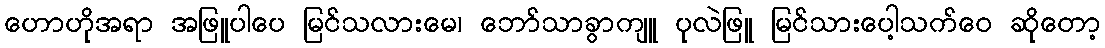
ဟောဟိုအရာ အဖြူပါပေ မြင်သလားမေ၊ ဘော်သာခွာကျူ ပုလဲဖြူ မြင်သားပေါ့သက်ဝေ ဆိုတော့